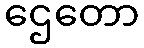
ဌေတော